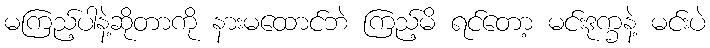
မကြည့်ပါနဲ့ဆိုတာကို နားမထောင်ဘဲ ကြည့်မိ ရင်တော့ မင်းဒုက္ခနဲ့ မင်းပဲ